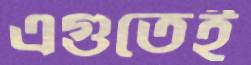
এগুতেই